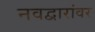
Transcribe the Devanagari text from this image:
नवद्वारांवर